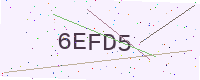
Text: 6EFD5